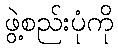
ဖွဲ့စည်းပုံကို